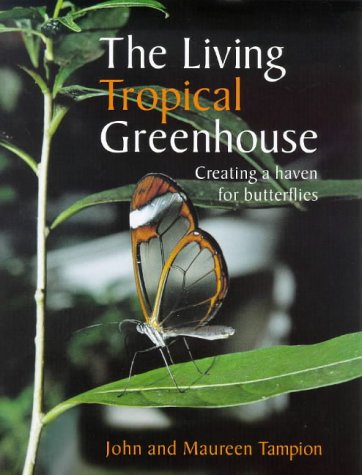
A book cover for The Living Tropical Greenhouse: Creating a Haven for Butterflies; John Tampion; Crafts, Hobbies & Home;